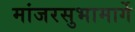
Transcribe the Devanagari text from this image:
मांजरसुभामार्गे